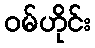
ဝမ်ဟိုင်း